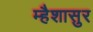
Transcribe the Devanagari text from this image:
म्हैशासुर